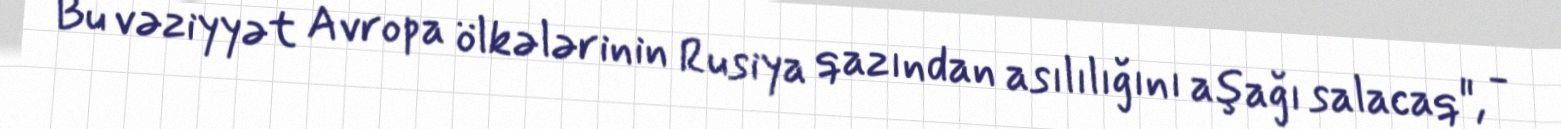
Bu vəziyyət Avropa ölkələrinin Rusiya qazından asılılığını aşağı salacaq", -